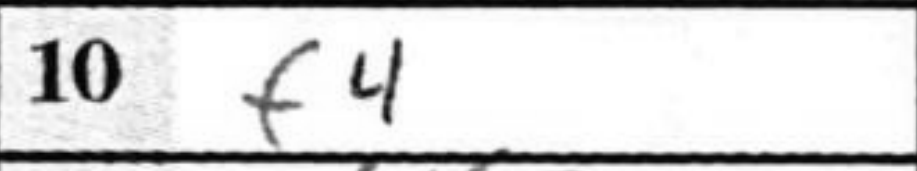
Transcription: f4